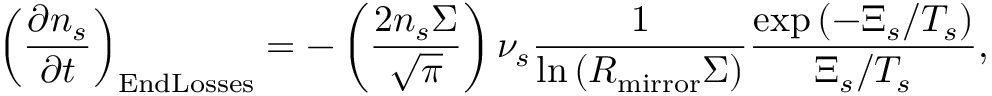
\left( \ensuremath { \frac { \partial n _ { s } } { \partial t } } \right) _ { \mathrm { E n d L o s s e s } } = - \left( \frac { 2 n _ { s } \Sigma } { \sqrt { \pi } } \right) \nu _ { s } \frac { 1 } { \ln \left( R _ { \mathrm { m i r r o r } } \Sigma \right) } \frac { \exp \left( - \Xi _ { s } / T _ { s } \right) } { \Xi _ { s } / T _ { s } } ,